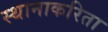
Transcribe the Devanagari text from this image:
स्थानाकरिता